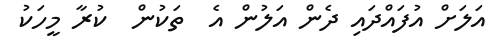
އަލަށް އުފައްދައި ދެން އަލުން އެ  ތަކުން  ކުރާ މީހަކު